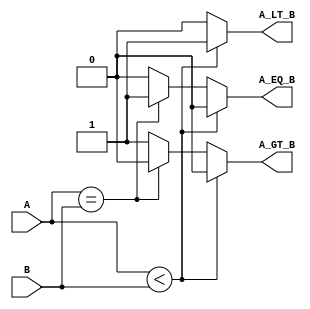
module parameterized_comparator #(
    parameter WIDTH = 8  // Default width is set to 8 bits
)(
    input  [WIDTH-1:0] A,  // First operand
    input  [WIDTH-1:0] B,  // Second operand
    output reg A_LT_B,      // A less than B
    output reg A_EQ_B,      // A equal to B
    output reg A_GT_B       // A greater than B
);

    // Always block for combinational logic
    always @(*) begin
        // Initialize outputs to 0
        A_LT_B = 0;
        A_EQ_B = 0;
        A_GT_B = 0;

        // Compare A and B
        if (A < B) begin
            A_LT_B = 1;   // A is less than B
        end else if (A == B) begin
            A_EQ_B = 1;   // A is equal to B
        end else begin
            A_GT_B = 1;   // A is greater than B
        end
    end

endmodule